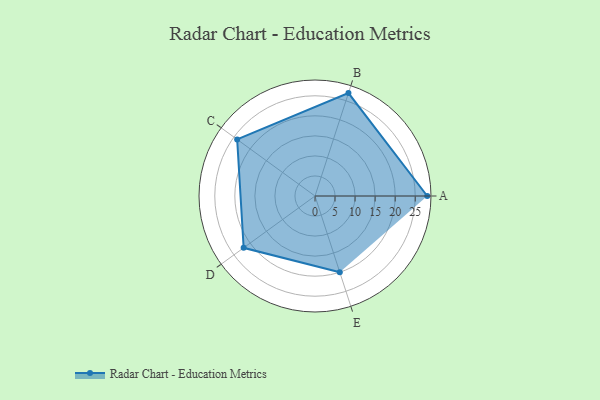
{"axis": {"x": "Skill", "y": "Score"}, "legend": ["Profile"], "data": [{"x": "A", "y": 28.0, "type": "Profile"}, {"x": "B", "y": 27.0, "type": "Profile"}, {"x": "C", "y": 24.0, "type": "Profile"}, {"x": "D", "y": 22.0, "type": "Profile"}, {"x": "E", "y": 20, "type": "Profile"}]}